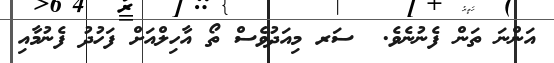
އަންނަ ތަން ފެނުނެވެ.  ސަރ މިއަދުވެސް ތޯ އާހިލްއަށް ފަހުދު ފެނުމާއި